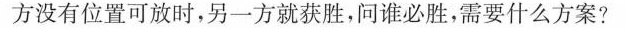
方没有位置可放时，另一方就获胜，问谁必胜，需要什么方案？